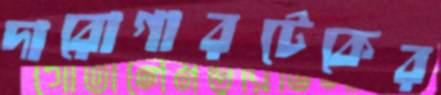
দারোগারটেকের